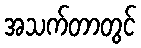
အသက်တာတွင်